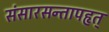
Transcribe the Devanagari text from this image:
संसारसन्तापहृत्